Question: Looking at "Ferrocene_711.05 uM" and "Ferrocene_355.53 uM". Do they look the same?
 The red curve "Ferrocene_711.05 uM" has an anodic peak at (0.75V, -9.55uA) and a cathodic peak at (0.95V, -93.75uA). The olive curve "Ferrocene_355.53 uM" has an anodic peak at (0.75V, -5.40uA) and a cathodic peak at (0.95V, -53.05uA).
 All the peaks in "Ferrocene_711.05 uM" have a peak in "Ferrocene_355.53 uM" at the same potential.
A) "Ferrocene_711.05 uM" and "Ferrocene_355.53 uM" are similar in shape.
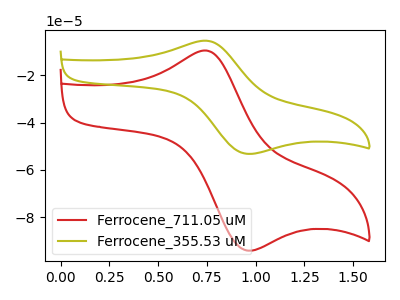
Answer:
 <answer>A) "Ferrocene_711.05 uM" and "Ferrocene_355.53 uM" are similar in shape.</answer>
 <eval>A</eval>